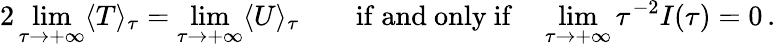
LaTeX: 2\operatorname*{lim}_{\tau\rightarrow+\infty}\langle T\rangle_{\tau}=\operatorname*{lim}_{\tau\rightarrow+\infty}\langle U\rangle_{\tau}\qquad{\mathrm{if~and~only~if}}\quad\operatorname*{lim}_{\tau\rightarrow+\infty}{\tau}^{-2}I(\tau)=0\, .